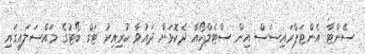
ސެެންޓާ އެންޓަޕްރައިސަސް އިން ސްޓެލްކޯއާ ދެކޮޅަށް ދައުވާ ކުރިއިރު ޓަގް ބޯޓުގެ މައްސަލައިގައި